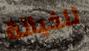
للخيانة